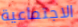
الاجتماعية